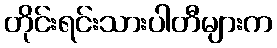
တိုင်းရင်းသားပါတီများက